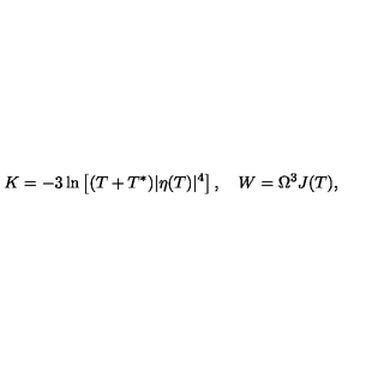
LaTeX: K = - 3 \ln \left[ ( T + T ^ { * } ) | \eta ( T ) | ^ { 4 } \right] , \quad W = \Omega ^ { 3 } J ( T ) ,